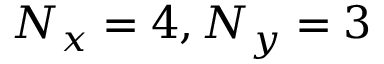
N _ { x } = 4 , N _ { y } = 3